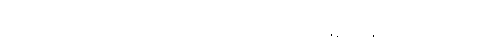
အကြမ်း သဘောအားဖြင့် ကြည့်လျှင် ဒဿနိကဗေဒမှာ နှစ်မျိုး နှစ်စားရှိလေသည်။